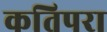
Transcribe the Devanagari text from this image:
कतिपरा